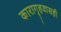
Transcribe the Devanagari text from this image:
कारागृहवासही